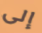
إلى